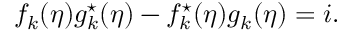
f _ { k } ( \eta ) g _ { k } ^ { \star } ( \eta ) - f _ { k } ^ { \star } ( \eta ) g _ { k } ( \eta ) = i .